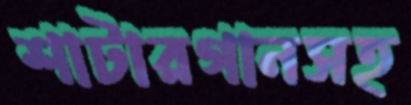
শাটারগানসহ